Assam Mental Hospital (Tezpur, India) - 1933-1948
Year: 1933
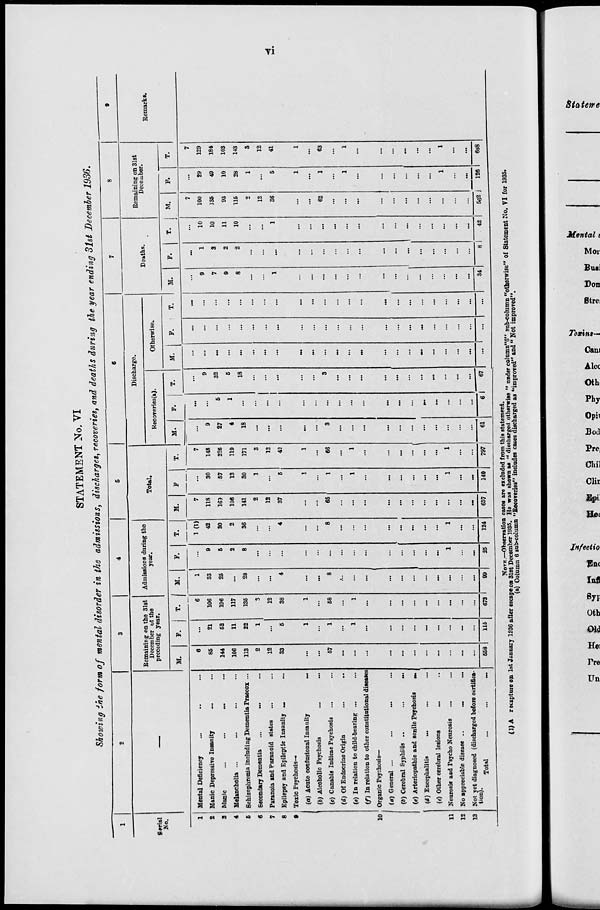
vi
STATEMENT No. VI
Showing the form of mental disorder in the admissions, discharges, recoveries, and deaths during the year ending 31st December 1936.
1
Serial
No.
1
2
3
4
6
6
7
8
9
10
11
12
13
2
—
Mental Deficiency ... ... ...
Manic Depressive Insanity ... ...
Manic ... ... ... ...
Melancholia ... ... ... ...
Schizophrenia including Dementia Praecox ...
Secondary Dementia ... ... ...
Paranoia and Paranoid states ... ...
Epilepsy and Epileptic Insanity ... ...
Toxic Psychosis—
(a) Acute confusional Insanity
...
(b) Alcoholic Psychosis ... ...
(c) Canabis Indicae Psychosis ... ...
(d) Of Endocrine Origin ... ...
(e) In relation to child-bearing ... ...
(f) In relation to other constitutional diseases
Organic Psychosis—
(a) General ... ... ... ...
(b) Cerebral Syphilis ... ... ...
(c) Arteriopathic and senile Psychosis
...
(d) Encephalitis ... ... ...
(e) Other cerebral lesions ... ...
Neurosis and Psycho Neurosis ... ...
No appreciable disease ... ...
Not yet diagnosed (discharged before certifica-
tion).
Total
...
...
...
3
Remaining on the 31st
December of the
preceding year.
M.
6
85
144
106
113
2
12
33
...
...
57
...
...
...
...
...
...
...
...
...
...
...
558
F.
...
21
52
11
22
1
...
5
1
...
1
...
1
...
...
...
...
...
...
...
...
...
115
T.
6
106
196
117
135
3
12
38
1
...
58
...
1
...
...
...
...
...
...
...
...
...
673
4
Admissions daring the
year.
M.
1
33
25
...
28
...
...
4
...
...
8
...
...
...
...
...
...
...
...
...
...
...
99
F.
...
8
5
2
8
...
...
...
...
...
...
...
...
...
...
...
...
...
...
1
...
...
25
T.
1(1)
42
30
2
36
...
...
4
...
...
8
...
...
...
...
...
...
...
...
1
...
...
124
5
Total.
M.
7
118
163
106
141
2
12
37
...
...
65
...
...
...
...
...
...
...
...
...
...
...
657
F.
...
30
57
13
30
1
...
5
1
...
1
...
1
...
...
...
...
...
...
1
...
...
140
T.
7
148
226
119
171
3
12
42
1
...
66
...
1
...
...
...
...
...
...
1
...
...
797
6
Discharge.
Recoveries(a).
M.
...
9
27
4
18
...
...
...
...
...
3
...
...
...
...
...
...
...
...
...
...
...
61
F.
...
...
5
1
...
...
...
...
...
...
...
...
...
...
...
...
...
...
...
...
...
...
6
T.
...
9
32
5
18
...
...
...
...
...
3
...
...
...
...
...
...
...
...
...
...
...
67
Otherwise.
M.
...
...
...
...
...
...
...
...
...
...
...
...
...
...
...
...
...
...
...
...
...
...
...
F.
...
...
...
...
...
...
...
...
...
...
...
...
...
...
...
...
...
...
...
...
...
...
...
T.
...
...
...
...
...
...
...
...
...
...
...
...
...
...
...
...
...
...
...
...
...
...
...
7
Deaths.
M.
...
9
7
9
8
...
...
1
...
...
...
...
...
...
...
...
...
...
...
...
...
...
34
F.
...
1
3
2
2
...
...
...
...
...
...
...
...
...
...
...
...
...
...
...
...
...
8
T.
...
10
10
11
10
...
...
1
...
...
...
...
...
...
...
...
...
...
...
...
...
...
42
8
Remaining on 31st
December.
M.
7
100
135
93
115
2
12
36
...
...
62
...
...
...
...
...
...
...
...
...
...
...
562
F.
...
29
49
10
28
1
...
5
1
...
1
...
1
...
...
...
...
...
...
1
...
...
126
T.
7
129
184
103
143
3
12
41
1
...
63
...
1
...
...
...
...
...
...
1
...
...
688
9
Remarks.
NOTE.—Observation cases are excluded from this statement.
(1) A recapture on 1st January 1936 after escape on 31st December 1935. He was shown as "discharged otherwise " under column "6" sub-column "otherwise" of Statement No. VI for 1935.
(a) Column 6 sub-column "Recoveries" includes cases discharged as "improved" and "Not improved".